Civil Veterinary Dept. North-West Frontier Province 1933-46 - 1933-1946
Year: 1933
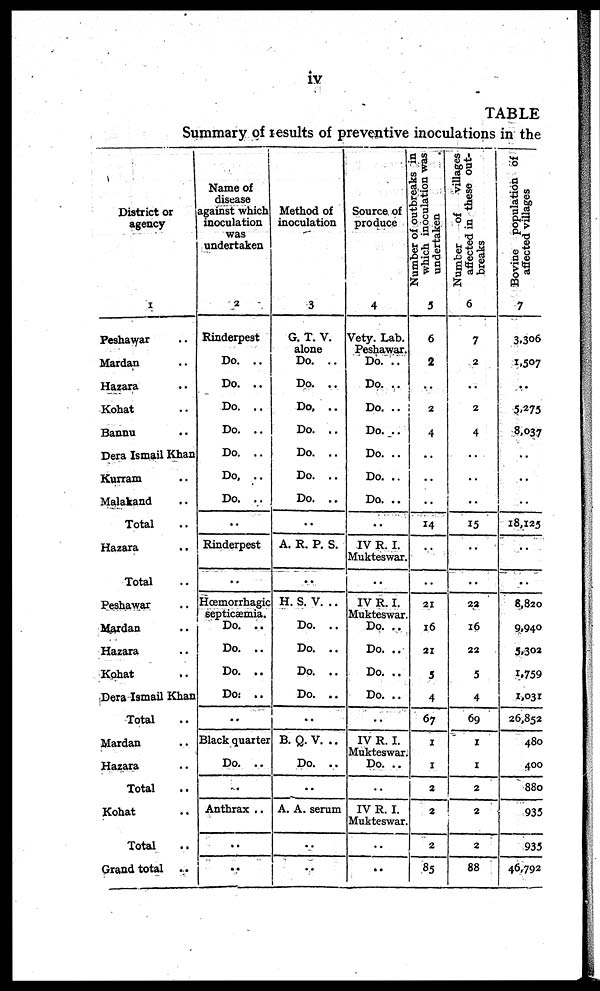
iv
TABLE
Summary of results of preventive inoculations in the
District or
agency
1
Peshawar ...
Mardan ..
Hazara ..
Kohat ..
Bannu ..
Dera Ismail Khan
Kurram ...
Malakand ..
Total ..
Hazara
..
Total ..
Peshawar ..
Mardan ..
Hazara ..
Kohat ..
Dera Ismail Khan
Total ..
Mardan ..
Hazara ..
Total ..
Kohat ..
Total ..
Grand total ..
Name of
disease
against which
inoculation
was
undertaken
2
Rinderpest
Do. ..
Do. ..
Do. ..
Do. ..
Do. ..
Do. ..
Do. ..
..
Rinderpest
..
Hœmorrhagic
septicæmia.
Do. ..
Do. ..
Do. ..
Do. ..
..
Black quarter
Do. ..
..
Anthrax ..
..
..
Method of
inoculation
3
G. T. V.
alone
Do. ..
Do. ..
Do. ..
Do. ..
Do. ..
Do. ..
Do. ..
..
A. R. P. S.
..
H. S. V. ..
Do. ..
Do. ..
Do. ..
Do. ..
..
B.Q.V. ..
Do. ..
..
A. A. serum
..
..
Source of
produce
4
Vety. Lab.
Peshawar.
Do. ...
Do. ..
Do. ..
Do. ..
Do. ..
Do. ..
Do. ..
..
IV R. I.
Mukteswar.
..
IV R. I.
Mukteswar.
Do. ..
Do. ..
Do. ..
Do. ..
..
IV R. I.
Mukteswar.
Do. ..
..
IV R. I.
Mukteswar.
..
..
Number of outbreaks in
which inoculation was
undertaken
5
6
2
..
2
4
..
..
..
14
..
..
21
16
21
5
4
67
1
1
2
2
2
85
Number
of villages
affected in these out-
breaks
6
7
2
..
2
4
..
..
..
15
..
..
22
16
22
5
4
69
1
1
2
2
2
88
Bovine population of
affected villages
7
3,306
1,507
..
5,275
8,037
..
..
..
18,125
..
..
8,820
9,940
5,302
1,759
1,031
26,852
480
400
880
935
935
46,792